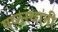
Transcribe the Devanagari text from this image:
षष्ठस्थानी